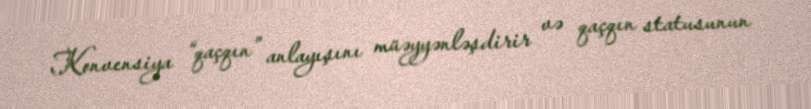
Konvensiya “qaçqın” anlayışını müəyyənləşdirir və qaçqın statusunun